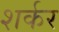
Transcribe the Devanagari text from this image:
शर्कर